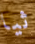
ثيا